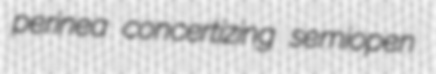
perinea concertizing semiopen